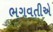
ભગવતીએ